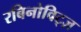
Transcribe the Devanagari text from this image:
रबिनोविट्ज़